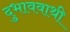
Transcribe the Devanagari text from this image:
दुभाववाथी